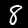
Digit: 8